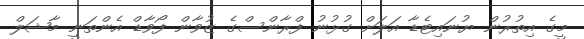
މީގެ އިތުރުން ޔުނައިޓެޑާ އަލަށް ގުޅުނު ފްރާންސްގެ ޒުވާން ފޯވާޑް އެންތަނީ މާޝަލް